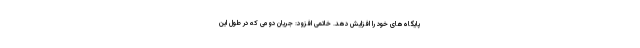
پایگاه‌های خود را افزایش دهد. خاتمی افزود: جریان دومی که در طول این